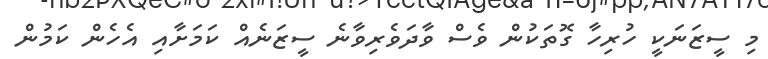
މި ސީޒަނަކީ ހުރިހާ ގޮތަކުން ވެސް ވާދަވެރިވާނެ ސީޒަނެއް ކަމަށާއި އެހެން ކަމުން